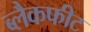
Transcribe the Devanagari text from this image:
ब्लैकफीट